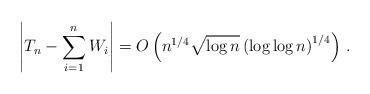
LaTeX: \begin{align*} \left |T_n- \sum_{i=1}^n W_i\right |= O\left (n^{1/4}\sqrt{\log n} \left(\log \log n \right)^{1/4} \right)\, .\end{align*}